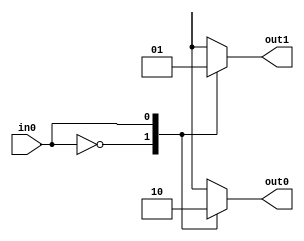
`timescale 1ns / 1ps
//////////////////////////////////////////////////////////////////////////////////
// Company: 
// Engineer: 
// 
// Design Name: 
// Module Name: DCD2
// Project Name: 
// Target Devices: 
// Tool Versions: 
// Description: 
// 
// Dependencies: 
// 
// Revision:
// Revision 0.01 - File Created
// Additional Comments:
// 
//////////////////////////////////////////////////////////////////////////////////


module DCD2(

    input in0,
    output reg out0,
    output reg out1

    );
    
    always @(*)
    begin
        case(in0)
            0:
            begin
                out0 = 1;
                out1 = 0;
            end
            1:
            begin
                out0 = 0;
                out1 = 1;
            end
            
        default:
        begin
            out0 = 0;
            out1 = 0;
        end
        
     endcase
    end
    
endmodule